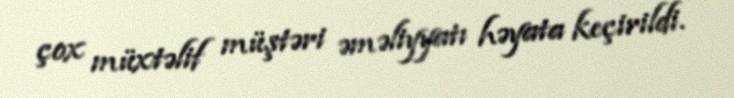
çox müxtəlif müştəri əməliyyatı həyata keçirildi.